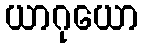
ယာဂုယော